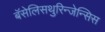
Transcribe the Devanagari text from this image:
बॅसेलिसथुरिन्जेन्सिस